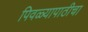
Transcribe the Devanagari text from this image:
पिवळ्यापाठीचा